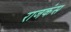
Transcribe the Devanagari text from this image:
राजकंस